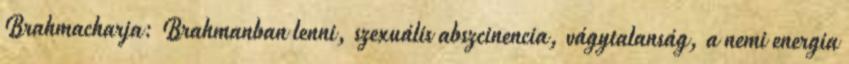
Brahmacharja: Brahmanban lenni, szexuális abszcinencia, vágytalanság, a nemi energia